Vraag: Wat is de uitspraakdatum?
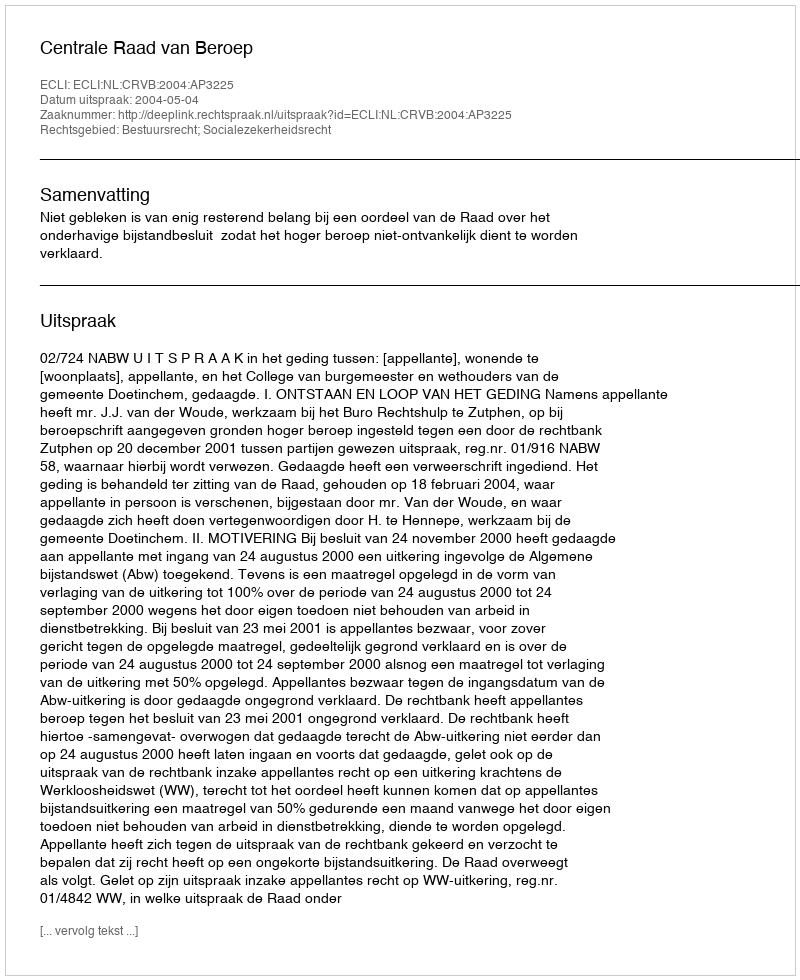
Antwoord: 2004-05-04